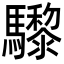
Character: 𩧋